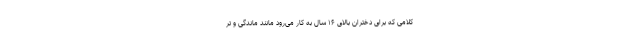
کلامی که برای دختران بالای ۱۶ سال به کار می‌رود مانند ماندگی و تر